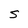
Character: S